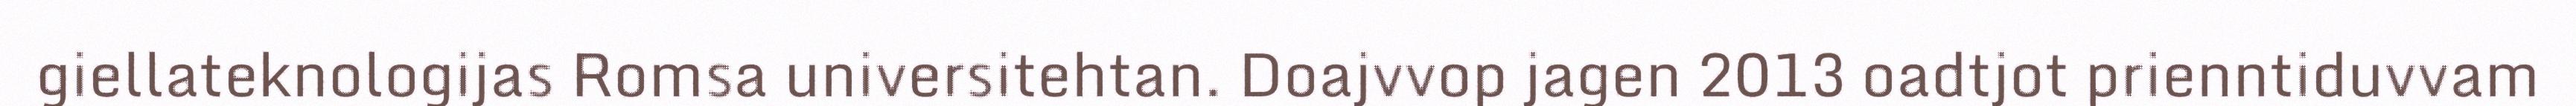
giellateknologijas Romsa universitehtan. Doajvvop jagen 2013 oadtjot prienntiduvvam